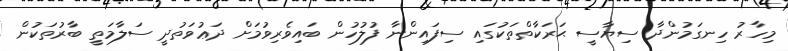
މިހާރު ހިނގަމުންދާ ސިޔާސީ ޙަރަކާތްތަކުގައި ސިފައިންނާ ފުލުހުން ބައިވެރިވުމަށް ދަޢުވަތުދީ ސަލާމަތީ ބާރުތަކުން